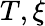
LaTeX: T,\xi